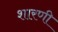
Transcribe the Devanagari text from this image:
शारणी